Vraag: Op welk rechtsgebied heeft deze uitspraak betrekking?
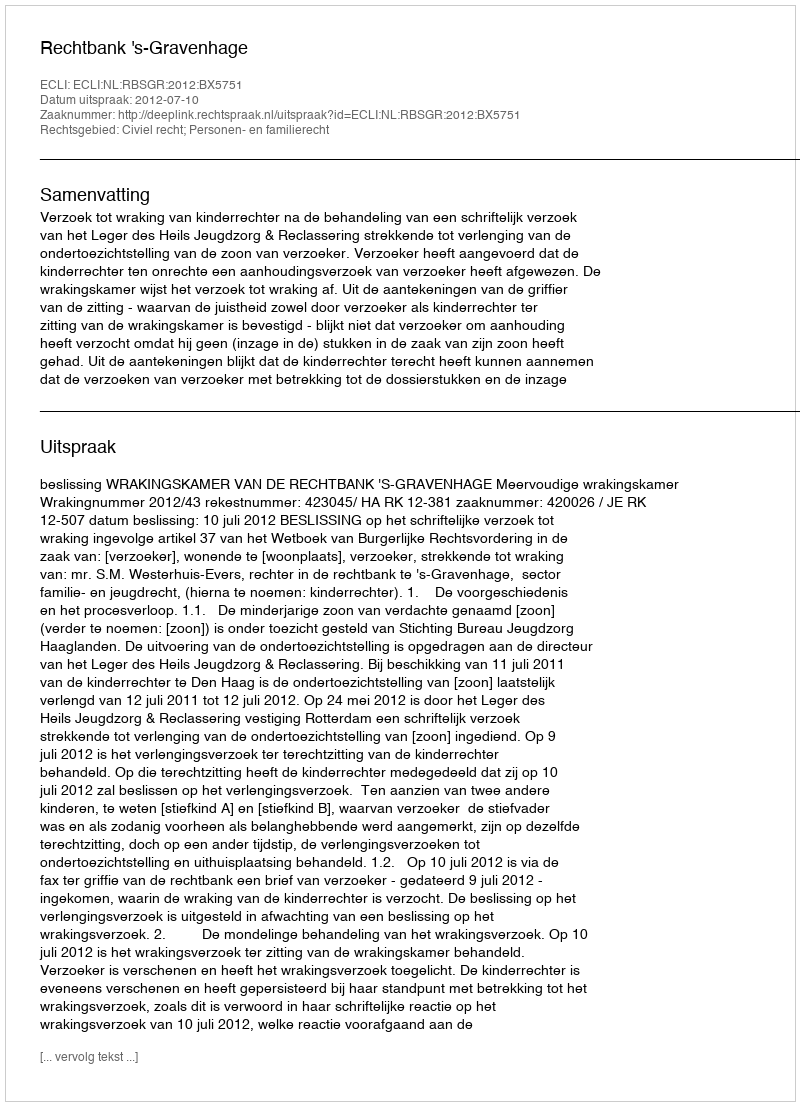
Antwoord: Civiel recht; Personen- en familierecht